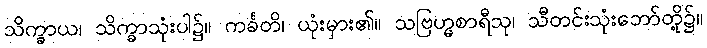
သိက္ခာယ၊ သိက္ခာသုံးပါ၌။ ကင်္ခတိ၊ ယုံးမှား၏။ သဗြဟ္မစာရီသု၊ သီတင်းသုံးဘော်တို့၌။